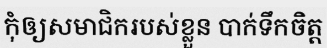
កុំឲ្យសមាជិករបស់ខ្លួន បាក់ទឹកចិត្ត